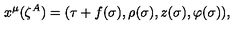
x ^ { \mu } ( \zeta ^ { A } ) = ( \tau + f ( \sigma ) , \rho ( \sigma ) , z ( \sigma ) , \varphi ( \sigma ) ) ,